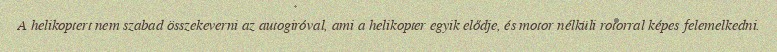
A helikoptert nem szabad összekeverni az autogiróval, ami a helikopter egyik elődje, és motor nélküli rotorral képes felemelkedni.